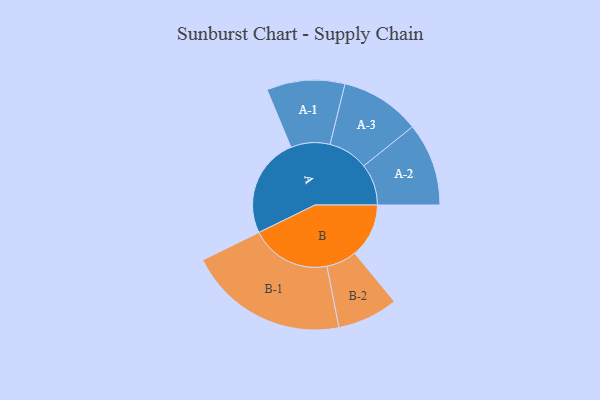
{"axis": {"x": "Segment", "y": "Value"}, "legend": ["", "A", "B"], "data": [{"x": "A", "y": 333, "type": ""}, {"x": "B", "y": 180, "type": ""}, {"x": "A-1", "y": 130, "type": "A"}, {"x": "A-2", "y": 138, "type": "A"}, {"x": "A-3", "y": 133, "type": "A"}, {"x": "B-1", "y": 267, "type": "B"}, {"x": "B-2", "y": 101, "type": "B"}]}